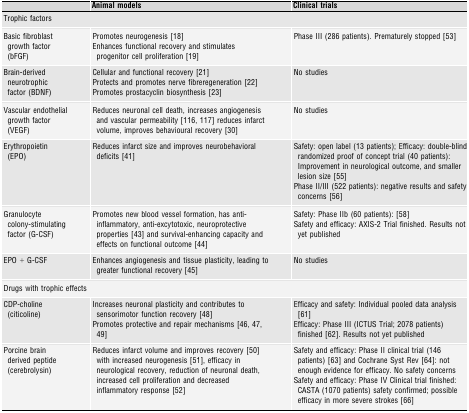
|  | Animal models | Clinical trials |
 | --- | --- | --- |
 | <COLSPAN=3> Trophic factors |
 | Basic fibroblast growth factor (bFGF) | Promotes neurogenesis [18] Enhances functional recovery and stimulates progenitor cell proliferation [19] | Phase III (286 patients). Prematurely stopped [53] |
 | Brain-derived neurotrophic factor (BDNF) | Cellular and functional recovery [21] Protects and promotes nerve fibreregeneration [22] Promotes prostacyclin biosynthesis [23] | No studies |
 | Vascular endothelial growth factor (VEGF) | Reduces neuronal cell death, increases angiogenesis and vascular permeability [116, 117] reduces infarct volume, improves behavioural recovery [30] | No studies |
 | Erythropoietin (EPO) | Reduces infarct size and improves neurobehavioral deficits [41] | Safety: open label (13 patients); Efficacy: double-blind randomized proof of concept trial (40 patients): Improvement in neurological outcome, and smaller lesion size [55] Phase II/III (522 patients): negative results and safety concerns [56] |
 | Granulocyte colony-stimulating factor (G-CSF) | Promotes new blood vessel formation, has anti-inflammatory, anti-excytotoxic, neuroprotective properties [43] and survival-enhancing capacity and effects on functional outcome [44] | Safety: Phase IIb (60 patients): [58] Safety and efficacy: AXIS-2 Trial finished. Results not yet published |
 | EPO + G-CSF | Enhances angiogenesis and tissue plasticity, leading to greater functional recovery [45] | No studies |
 | <COLSPAN=3> Drugs with trophic effects |
 | CDP-choline (citicoline) | Increases neuronal plasticity and contributes to sensorimotor function recovery [48] Promotes protective and repair mechanisms [46, 47, 49] | Efficacy and safety: Individual pooled data analysis [61] Efficacy: Phase III (ICTUS Trial; 2078 patients) finished 62. Results not yet published |
 | Porcine brain derived peptide (cerebrolysin) | Reduces infarct volume and improves recovery [50] with increased neurogenesis [51], efficacy in neurological recovery, reduction of neuronal death, increased cell proliferation and decreased inflammatory response [52] | Safety and efficacy: Phase II clinical trial (146 patients) [63] and Cochrane Syst Rev [64]: not enough evidence for efficacy. No safety concerns Safety and efficacy: Phase IV Clinical trial finished: CASTA (1070 patients) safety confirmed; possible efficacy in more severe strokes [66] |